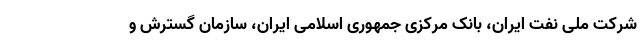
شرکت ملی نفت ایران، بانک مرکزی جمهوری اسلامی ایران، سازمان گسترش و